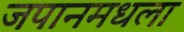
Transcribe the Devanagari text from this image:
जपानमधला